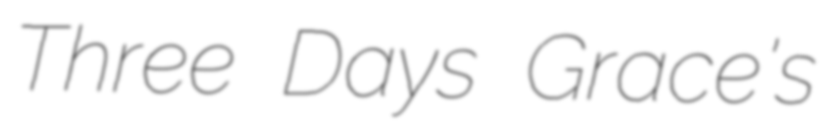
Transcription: Three Days Grace's